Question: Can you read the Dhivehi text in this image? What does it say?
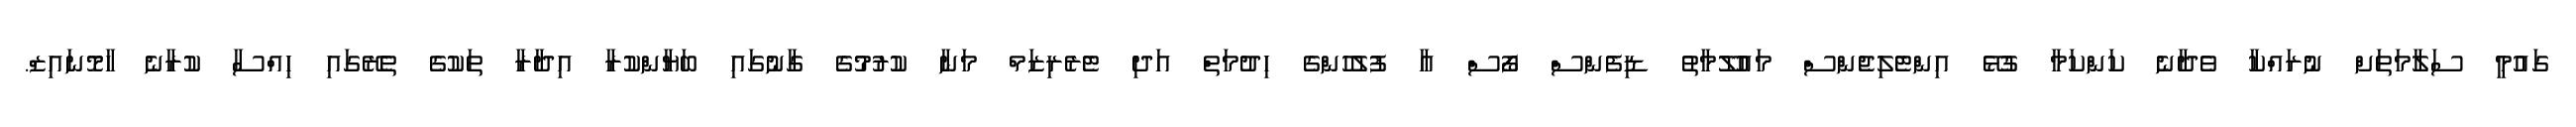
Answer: ގައުމީ ސަލާމަތަށް ނުރައްކާ ވެދާނެ ކަންކަމާ ގުޅޭ އިންޓެލިޖެންސް މައުލޫމާތު ޑިފެންސް ފޯސް އާ ފުލުހުންގެ ހިދުމަތް އަދި ޓެރެރިޒަމް މަނާ ކުރުމުގެ ގާނުގައި ބަޔާންކުރާ އިދާރާ ތަކުގެ ތެރޭގައި ހިއްސާ ކުރާނެ ހާމޮނައިޒް.